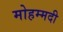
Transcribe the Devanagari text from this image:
मोहम्‍मदी